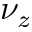
\nu _ { z }